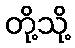
တို့သို့